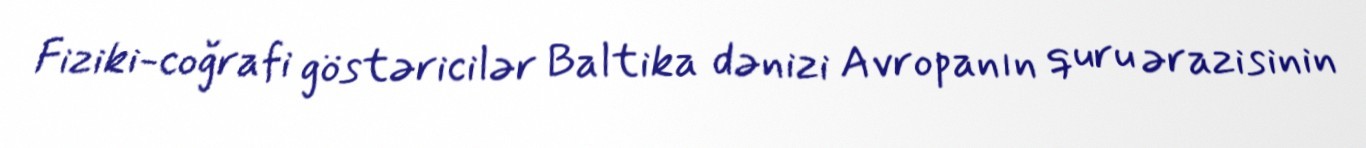
Fiziki-coğrafi göstəricilər Baltika dənizi Avropanın quru ərazisinin